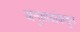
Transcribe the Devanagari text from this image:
अनुयायांकडून